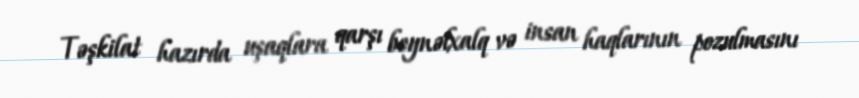
Təşkilat hazırda uşaqlara qarşı beynəlxalq və insan haqlarının pozulmasını